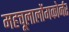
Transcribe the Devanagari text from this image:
महचूलालोंगकोर्नर